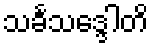
သင်္ခသဒ္ဒေါတိ